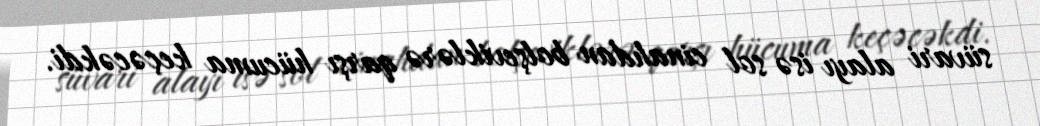
süvari alayı isə sol cinahdan bolşeviklərə qarşı hücuma keçəcəkdi.